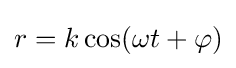
r=k\cos(\omega t+\varphi )